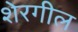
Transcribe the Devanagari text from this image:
शेरगील